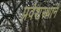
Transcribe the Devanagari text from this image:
प्रवेशस्थाने